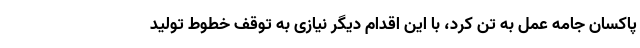
پاکسان جامه عمل به تن کرد، با این اقدام دیگر نیازی به توقف خطوط تولید